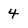
Character: 4